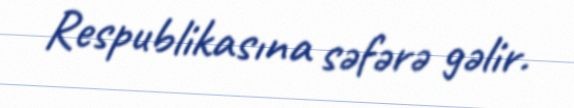
Respublikasına səfərə gəlir.